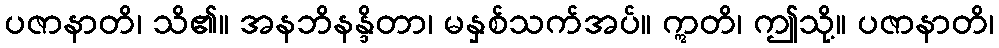
ပဇာနာတိ၊ သိ၏။ အနဘိနန္ဒိတာ၊ မနှစ်သက်အပ်။ ဣတိ၊ ဤသို့။ ပဇာနာတိ၊